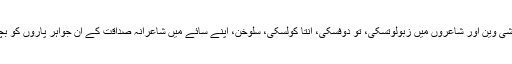
ان میں میخائیل شولوخف، الکسئے ٹالسٹائے ، پاوستوفسکی، پاستر ناک، ایلیا اہرن بورگ، پرشی وین اور شاعروں میں زبولوتسکی، تو دوفسکی، انتا کولسکی، سلوخن، اپنے سائے میں شاعرانہ صداقت کے ان جواہر پاروں کو بچائے رہے جن سے ۱۹۵۴ء کے بعد روسی زبان و ادب کو روشنی اور قدروقیمت ملتی تھی۔